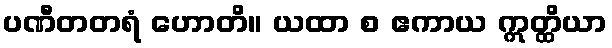
ပဏီတတရံ ဟောတိ။ ယထာ စ ဧကာယ ဣတ္ထိယာ